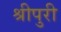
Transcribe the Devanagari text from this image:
श्रीपुरी